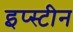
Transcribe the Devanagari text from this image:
इप्स्टीन